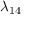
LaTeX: \lambda _ { 1 4 }